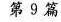
第 9 篇